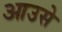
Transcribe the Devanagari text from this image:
आउसे